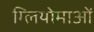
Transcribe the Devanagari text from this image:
ग्लियोमाओं